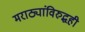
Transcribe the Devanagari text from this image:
मराठ्यांविरुद्धही